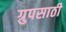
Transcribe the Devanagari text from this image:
ग्रुपसाठी